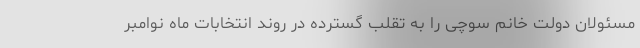
مسئولان دولت خانم سوچی را به تقلب گسترده در روند انتخابات ماه نوامبر